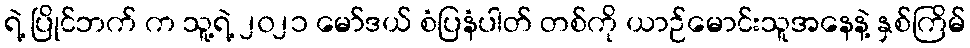
ရဲ့ ပြိုင်ဘက် က သူ့ရဲ့ ၂၀၂၁ မော်ဒယ် စံပြနံပါတ် တစ်ကို ယာဉ်မောင်းသူအနေနဲ့ နှစ်ကြိမ်